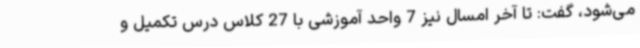
می‌شود، گفت: تا آخر امسال نیز 7 واحد آموزشی با 27 کلاس درس تکمیل و